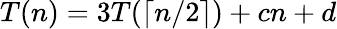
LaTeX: T(n)=3T(\lceil n/2\rceil)+cn+d